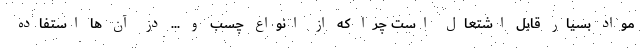
مواد بسیار قابل اشتعال است چرا که از انواع چسب و ... در آن ها استفاده